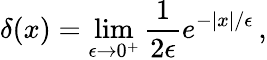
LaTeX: \delta(x)=\operatorname*{lim}_{\epsilon\rightarrow 0^{+}}{\frac{1}{2\epsilon}}e^{-|x|/\epsilon}\, ,